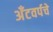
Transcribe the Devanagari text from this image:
अँटवर्पचे